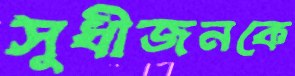
সুধীজনকে